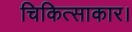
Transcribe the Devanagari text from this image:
चिकित्साकार।